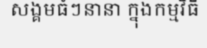
សង្គមធំៗនានា ក្នុងកម្មវិធី